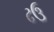
ઢઉ